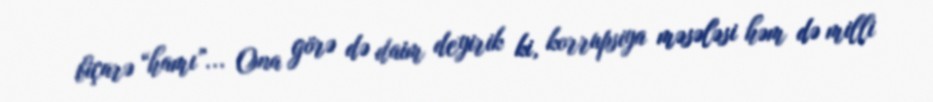
biçarə “hamı”... Ona görə də daim deyirik ki, korrupsiya məsələsi həm də milli